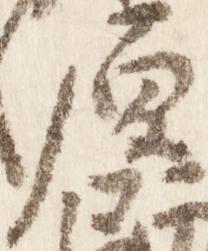
原